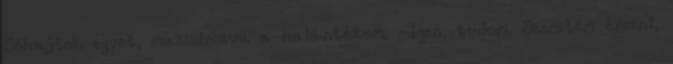
Sóhajtok egyet, masszírozva a halántékom. -Igen, tudom. Szeretem érezni,